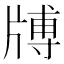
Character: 牔